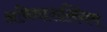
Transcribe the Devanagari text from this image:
अविनाशलिंगम